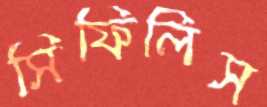
সিফিলিস